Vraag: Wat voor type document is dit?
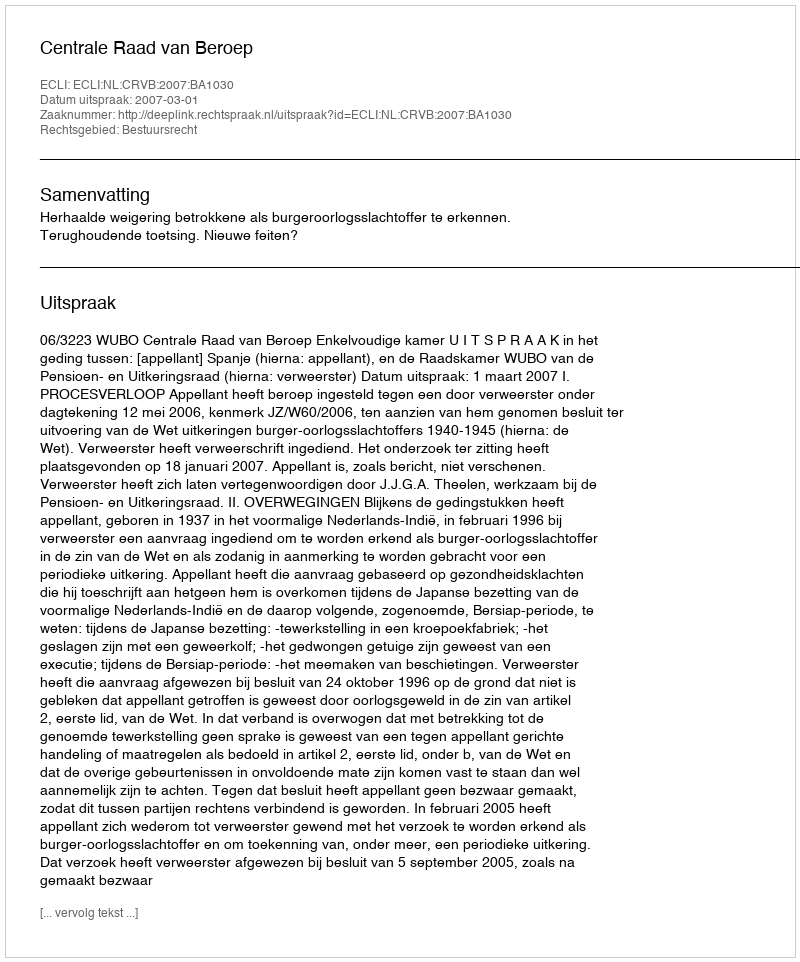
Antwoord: Uitspraak